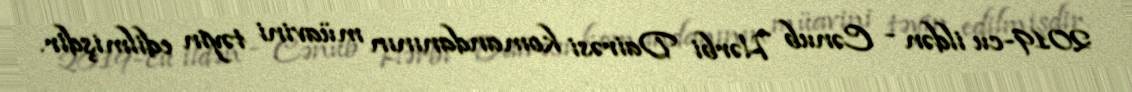
2019-cu ildən - Cənub Hərbi Dairəsi komandanının müavini təyin edilmişdir.